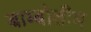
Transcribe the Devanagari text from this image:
बाम्बोलीम